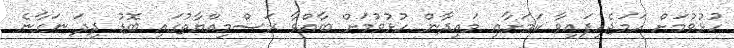
ހުޅުވުމަށް ހަމަޖެހިފައިވާ ކަމަށާއި މައިދާން ހުޅުވުމަށް ބާއްވާ ރަސްމިއްޔާތުގައި ބޮޑު ދިދަ ނަގާނެ